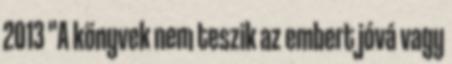
2013 "A könyvek nem teszik az embert jóvá vagy